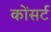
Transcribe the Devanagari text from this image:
कोंसर्ट